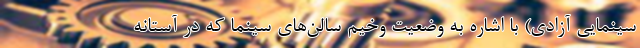
سینمایی آزادی) با اشاره به وضعیت وخیم سالن‌های سینما که در آستانه